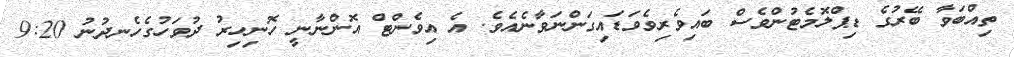
ތިއްބަވާ ބޭރުގެ ޑިޕްލޮމެޓުންވެސް ބައިވެރިވެވަޑައިގަންނަވާނެއެވެ. އެ އިވެންޓް އޮންނާނީ ހޮނިހިރު ދުވަހުގެހެނދުނު 9:20